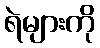
ရဲများကို